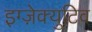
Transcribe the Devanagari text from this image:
इग्ज़ेक्युटिव